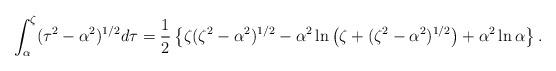
LaTeX: \begin{align*} \int_{\alpha}^{\zeta}(\tau^2-\alpha^2)^{1/2}d\tau=\frac{1}{2}\left \{\zeta(\zeta^2-\alpha^2)^{1/2}-\alpha^2\ln\left (\zeta+(\zeta^2-\alpha^2)^{1/2}\right )+\alpha^2\ln\alpha\right \}.\end{align*}